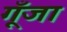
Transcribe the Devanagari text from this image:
गूँजा